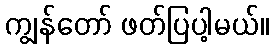
ကျွန်တော် ဖတ်ပြပါ့မယ်။